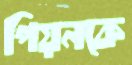
পিয়নকে